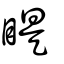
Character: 睼